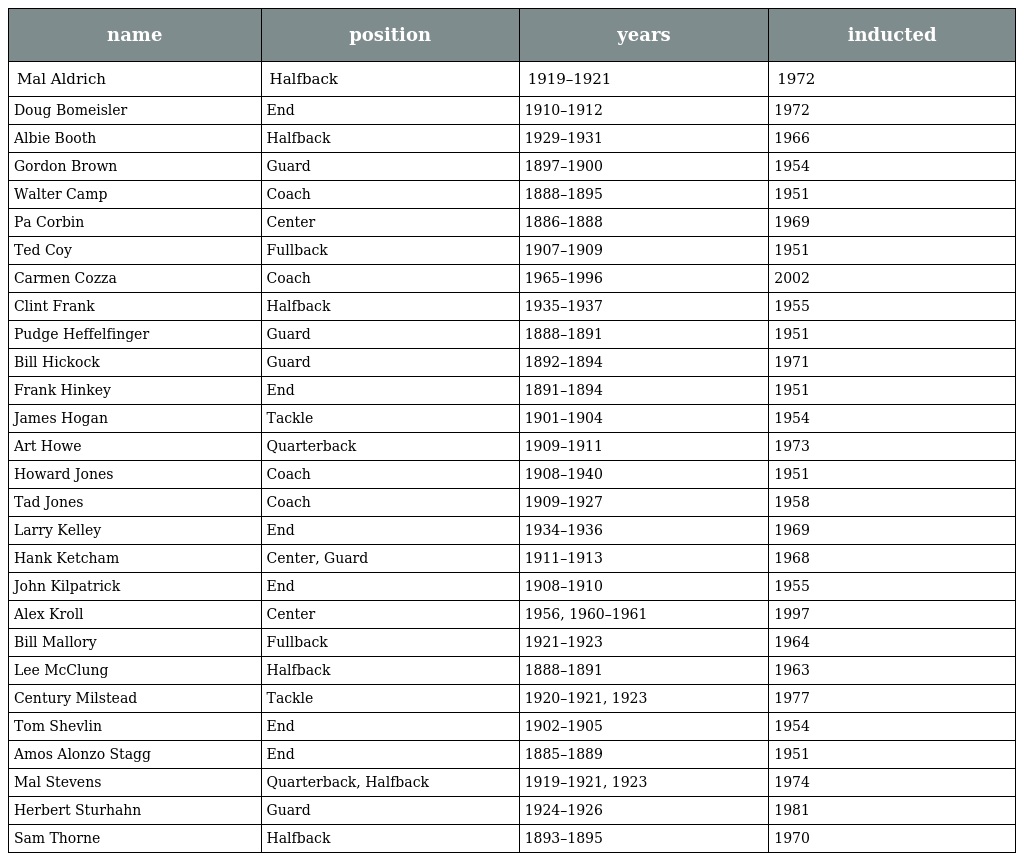
| name | position | years | inducted |
 | --- | --- | --- | --- |
 | Mal Aldrich | Halfback | 1919–1921 | 1972 |
 | Doug Bomeisler | End | 1910–1912 | 1972 |
 | Albie Booth | Halfback | 1929–1931 | 1966 |
 | Gordon Brown | Guard | 1897–1900 | 1954 |
 | Walter Camp | Coach | 1888–1895 | 1951 |
 | Pa Corbin | Center | 1886–1888 | 1969 |
 | Ted Coy | Fullback | 1907–1909 | 1951 |
 | Carmen Cozza | Coach | 1965–1996 | 2002 |
 | Clint Frank | Halfback | 1935–1937 | 1955 |
 | Pudge Heffelfinger | Guard | 1888–1891 | 1951 |
 | Bill Hickock | Guard | 1892–1894 | 1971 |
 | Frank Hinkey | End | 1891–1894 | 1951 |
 | James Hogan | Tackle | 1901–1904 | 1954 |
 | Art Howe | Quarterback | 1909–1911 | 1973 |
 | Howard Jones | Coach | 1908–1940 | 1951 |
 | Tad Jones | Coach | 1909–1927 | 1958 |
 | Larry Kelley | End | 1934–1936 | 1969 |
 | Hank Ketcham | Center, Guard | 1911–1913 | 1968 |
 | John Kilpatrick | End | 1908–1910 | 1955 |
 | Alex Kroll | Center | 1956, 1960–1961 | 1997 |
 | Bill Mallory | Fullback | 1921–1923 | 1964 |
 | Lee McClung | Halfback | 1888–1891 | 1963 |
 | Century Milstead | Tackle | 1920–1921, 1923 | 1977 |
 | Tom Shevlin | End | 1902–1905 | 1954 |
 | Amos Alonzo Stagg | End | 1885–1889 | 1951 |
 | Mal Stevens | Quarterback, Halfback | 1919–1921, 1923 | 1974 |
 | Herbert Sturhahn | Guard | 1924–1926 | 1981 |
 | Sam Thorne | Halfback | 1893–1895 | 1970 |